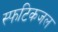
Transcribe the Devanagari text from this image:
स्फटिकजल